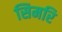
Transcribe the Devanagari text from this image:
सिमरि